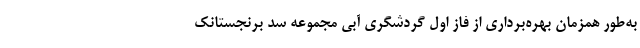
به‌طور همزمان بهره‌برداری از فاز اول گردشگری آبی مجموعه سد برنجستانک